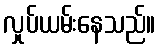
လှုပ်ယမ်းနေသည်။